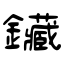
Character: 鑶